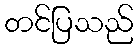
တင်ပြသည်